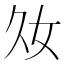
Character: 𡚮